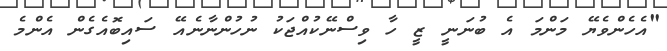
"އެހެންވެޔޭ މަންމަ އެ ބުނަނީ ޒީ ހާ ވިސްނޭކުއްޖަކު ނުހުންނާނެއޭ ސައިބޮއެގެން އެންމެ